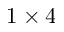
1 \times 4